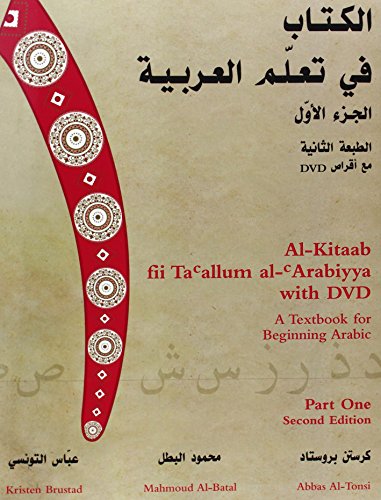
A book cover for Al-Kitaab fii Ta'allum al-'Arabiyya with DVDs: A Textbook for Beginning Arabic, Part One Second Edition (Arabic Edition); Kristen Brustad; Reference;